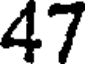
47